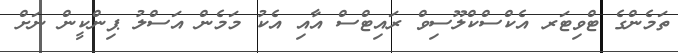
ތަމެންގެ ޓްވިޓަރ އެކްސްކްލޫސިވް ރައިޓްސް އާއި އެކު މަމެން އަސްލު ޕިންކީން ނަށް